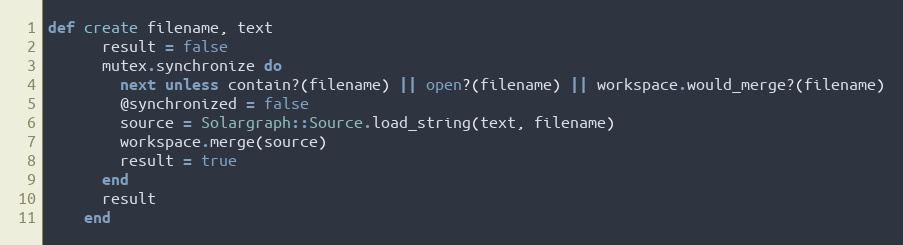
Language: Ruby
def create filename, text
      result = false
      mutex.synchronize do
        next unless contain?(filename) || open?(filename) || workspace.would_merge?(filename)
        @synchronized = false
        source = Solargraph::Source.load_string(text, filename)
        workspace.merge(source)
        result = true
      end
      result
    end